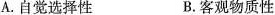
A.自觉选择性B.客观物质性